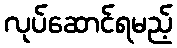
လုပ်ဆောင်ရမည့်